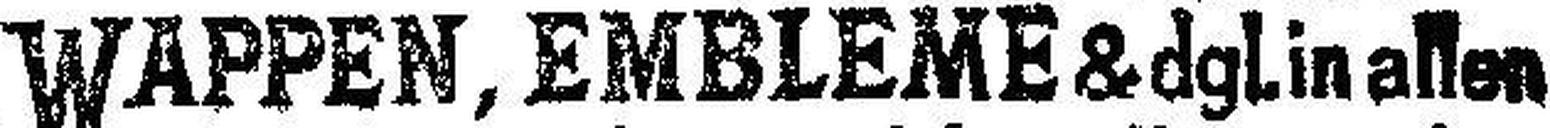
WAPPEN, EMBLEME / dgl. in allen